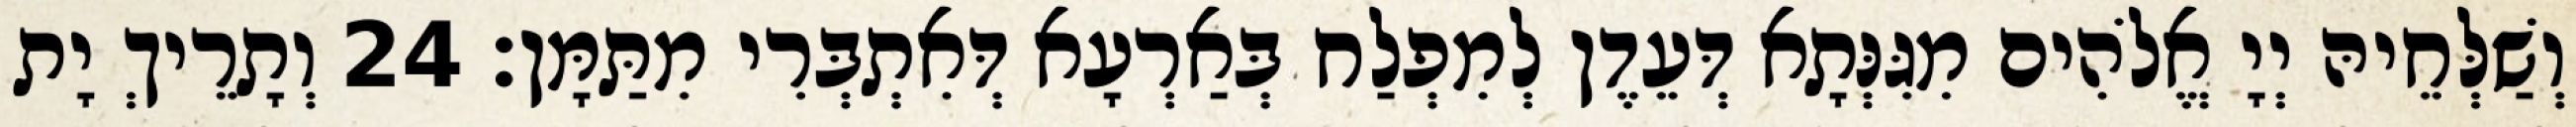
וְשַׁלְּחֵיהּ יְיָ אֱלֹהִים מִגִּנְּתָא דְּעֵדֶן לְמִפְלַח בְּאַרְעָא דְּאִתְבְּרִי מִתַּמָּן׃ 24 וְתָרֵיךְ יָת